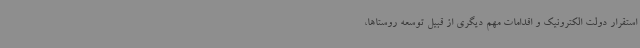
استقرار دولت الکترونیک و اقدامات مهم دیگری از قبیل توسعه روستاها،